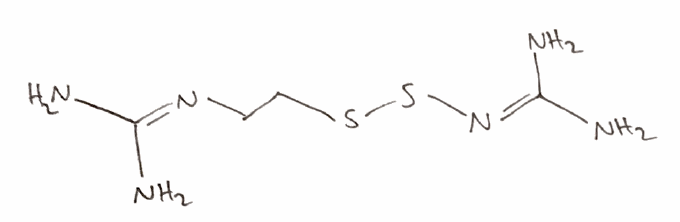
Simplified molecular-input line-entry system (SMILES) notation of the given molecule:
C(CSSN=C(N)N)N=C(N)N